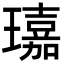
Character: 𤪘